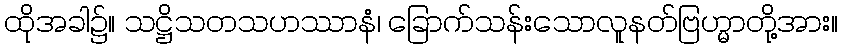
ထိုအခါ၌။ သဋ္ဌိသတသဟဿာနံ၊ ခြောက်သန်းသောလူနတ်ဗြဟ္မာတို့အား။